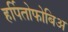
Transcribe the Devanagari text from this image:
हर्पितोफोबिअ